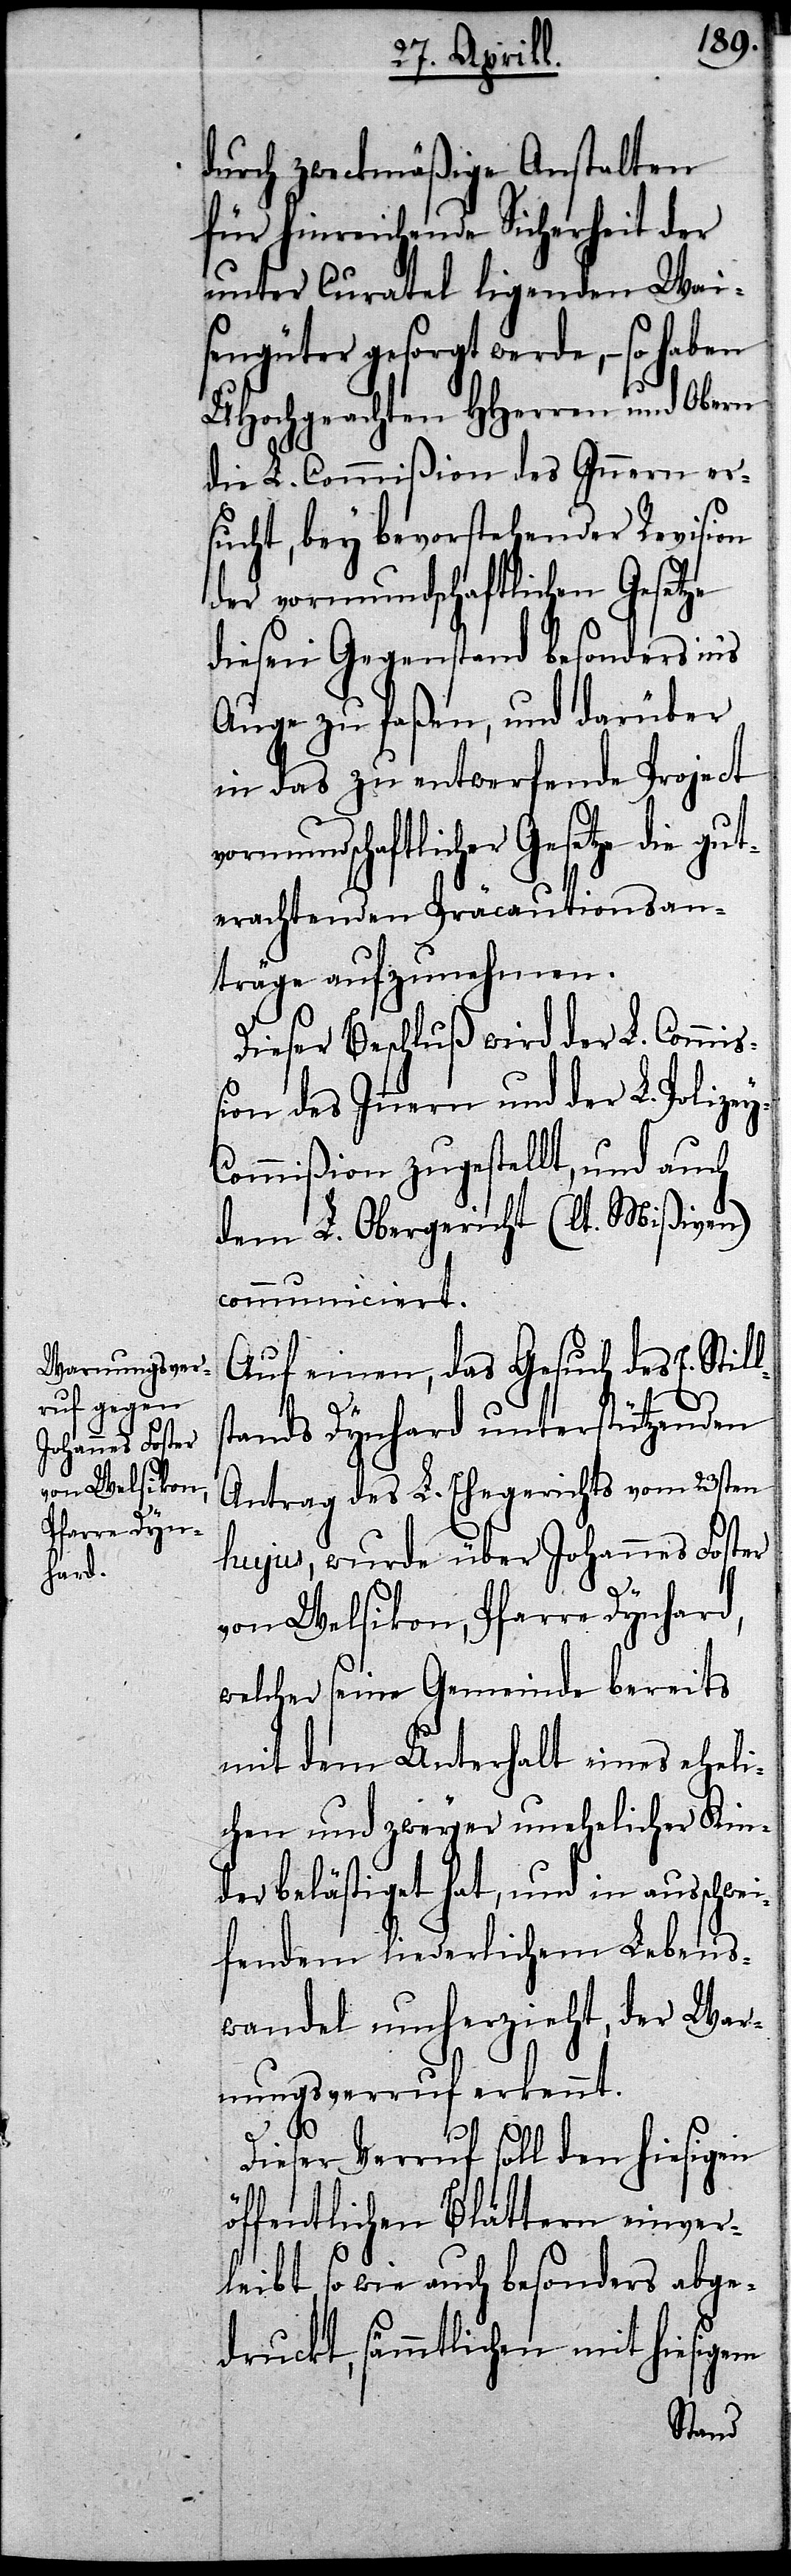
durch zweckmäßige Anstalten
für hinreichende Sicherheit der
unter Curatel ligenden Wai¬
sengüter gesorgt werde, – so haben
UHochgeachten HHerren und Obern
die L. Commißion des Innern er¬
sucht, bey bevorstehender Revision
der vormundschaftlichen Gesetze
diesen Gegenstand besonders in’s
Auge zu faßen, und darüber
in das zu entwerfende Project
vormundschaftlicher Gesetze die gut¬
erachtenden Präcautionsan¬
träge aufzunehmen.
Dieser Beschluß wird der L. Commiß¬
ion des Innern und der L. Polize¬
ommißion zugestellt, und auch
dem L. Obergericht (lt. Mißiven)
communiciert.
Auf einen, das Gesuch des E. Sti¬
stands Dynhard unterstützenden
Antrag des L. Ehegerichts vom 23sten
hujus, wurde über Johannes Foster
ll¬
von Welsikon, Pfarre Dynhard,
welcher seine Gemeinde bereits
mit dem Unterhalt eines eheli¬
chen und zweyer unehelicher Kin¬
der belästiget hat, und in ausschwei¬
fendem liederlichem Lebens¬
wandel umherzieht, der War¬
nungsverruf erkennt.
Dieser Verruf soll den hiesigen
öffentlichen Blättern einver¬
leibt, so wie auch besonders abge¬
druckt, sämmtlichen mit hiesigem